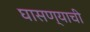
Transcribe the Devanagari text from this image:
घासण्याची